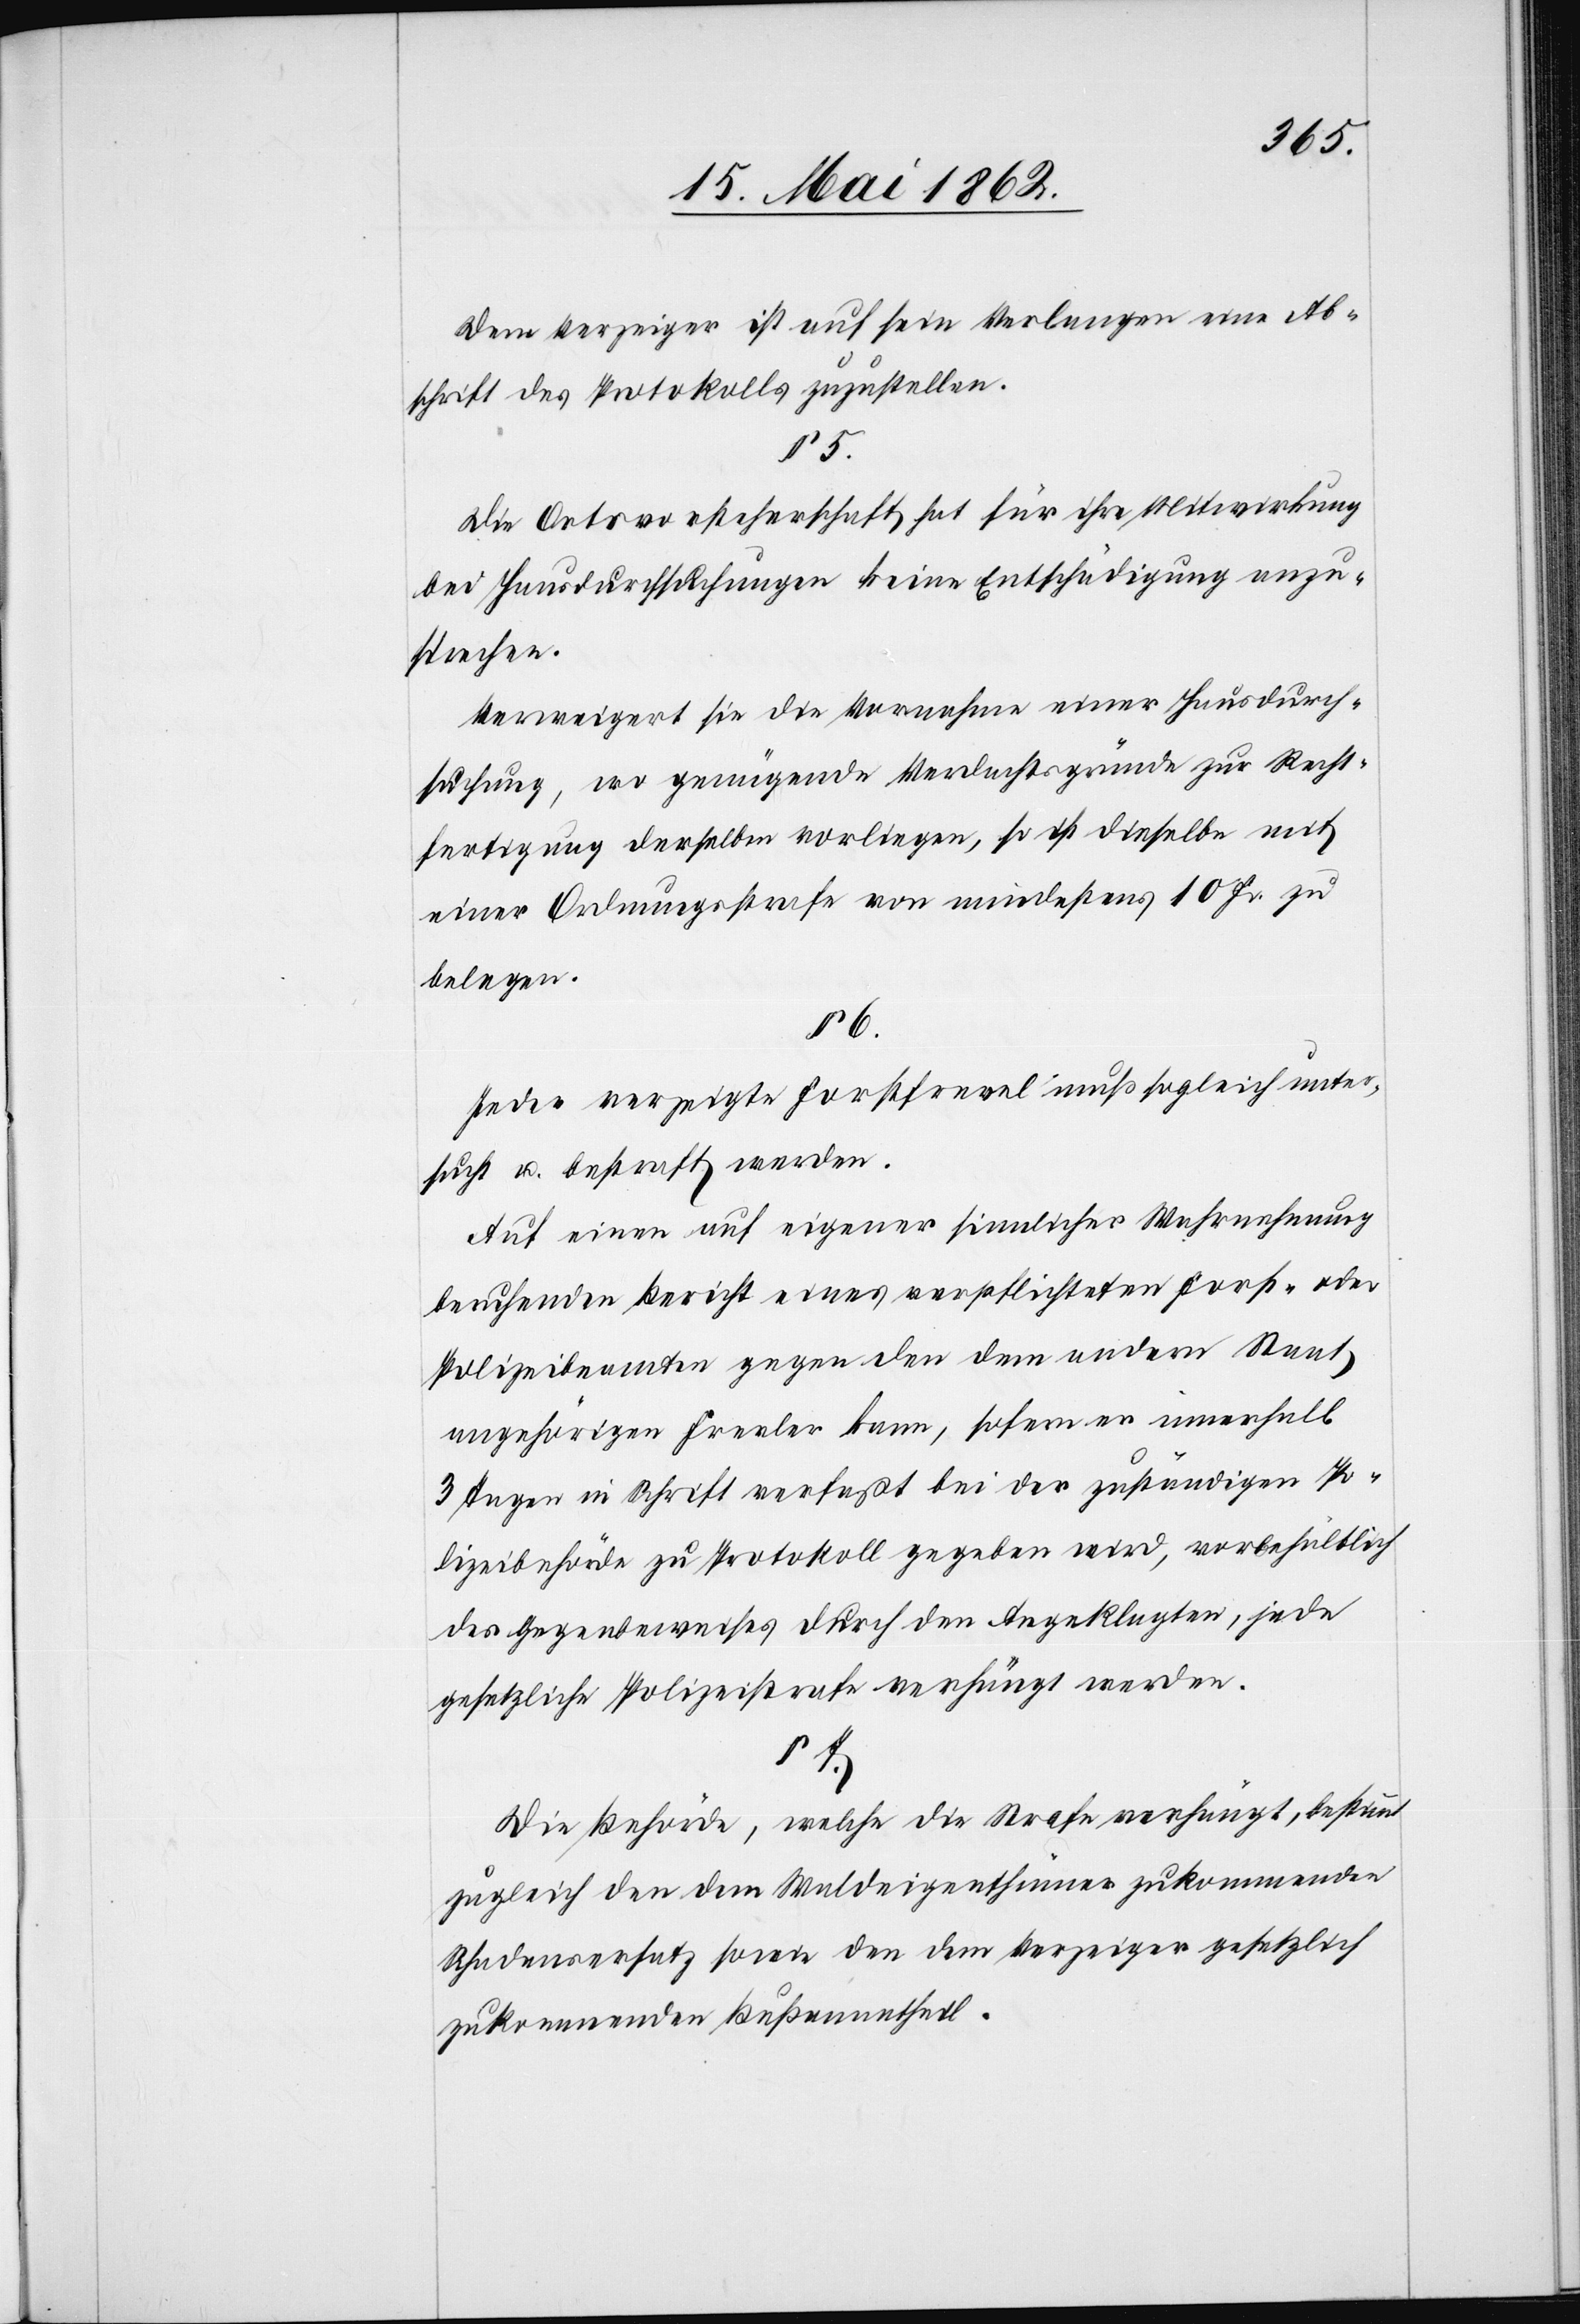
Dem Verzeiger ist auf sein Verlangen eine Ab¬
schrift des Protokolls zuzustellen.
§ 5.
Die Ortsvorsteherschaft hat für ihre Mitwirkung
bei Hausdurchsuchungen keine Entschädigung anzu¬
sprechen.
Verweigert sie die Vornahme einer Hausdurch¬
suchung, wo genügende Verdachtsgründe zur Recht¬
fertigung derselben vorliegen, so ist dieselbe mit
einer Ordnungsstrafe von mindestens 10 Fr. zu
belegen.
§ 6.
Jeder verzeigte Forstfrevel muß sogleich unter¬
sucht u. bestraft werden.
Auf einen auf eigener sinnlicher Wahrnehmung
beruhender Bericht eines verpflichteten Forst- oder
Polizeibeamten gegen den dem andern Staat
angehörigen Frevler kann, sofern er innerhalb
3 Tagen in Schrift verfaßt bei der zuständigen Po¬
lizeibehörde zu Protokoll gegeben wird, vorbehältlich
des Gegenbeweises durch den Angeklagten, jede
gesetzliche Polizeistrafe verhängt werden.
§ 7.
Die Behörde, welche die Strafe verhängt, bestimmt
zugleich den dem Waldeigenthümer zukommenden
Schadensersatz sowie den dem Verzeiger gesetzlich
zukommenden Bußenantheil.